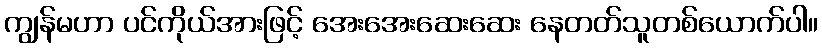
ကျွန်မဟာ ပင်ကိုယ်အားဖြင့် အေးအေးဆေးဆေး နေတတ်သူတစ်ယောက်ပါ။